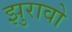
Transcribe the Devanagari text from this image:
झुरावो